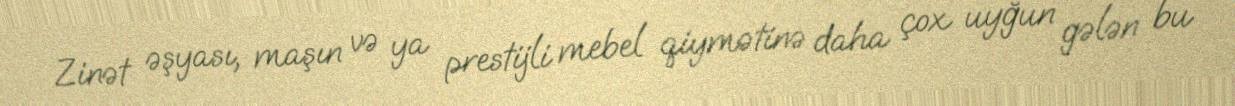
Zinət əşyası, maşın və ya prestijli mebel qiymətinə daha çox uyğun gələn bu